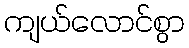
ကျယ်လောင်စွာ